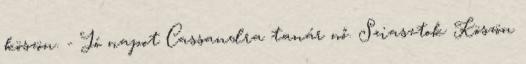
köszön. - Jó napot Cassandra tanár nő. Sziasztok Köszön